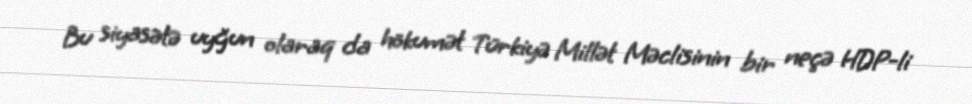
Bu siyasətə uyğun olaraq da hökumət Türkiyə Millət Məclisinin bir neçə HDP-li